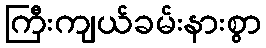
ကြီးကျယ်ခမ်းနားစွာ